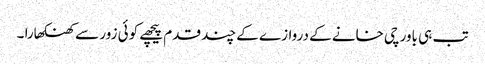
تب ہی باورچی خانے کے دروازے کے چند قدم پیچھے کوئی زور سے کھنکھارا ۔